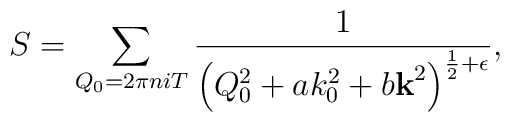
S=\sum_{Q_0=2\pi n i T}\frac{1}{\left(Q_0^2+ a k_0^2 + b {\bf k}^2\right)^{\frac 1 2+\epsilon}},